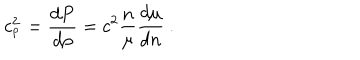
c _ { _ \mathrm { P } } ^ { 2 } = { \frac { d P } { d \rho } } = c ^ { 2 } { \frac { n } { \mu } } { \frac { d \mu } { d n } } \ .